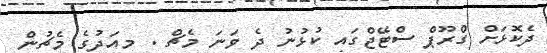
ދެކޮޅަށް ގްރޫޕް ސްޓޭޖްގައި ކުޅުނު ދެ ވަނަ މެޗް . މިއަދުގެ މެޗުން